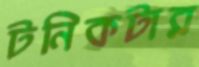
টনিকটার